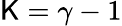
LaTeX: \mathsf{K}=\gamma-1